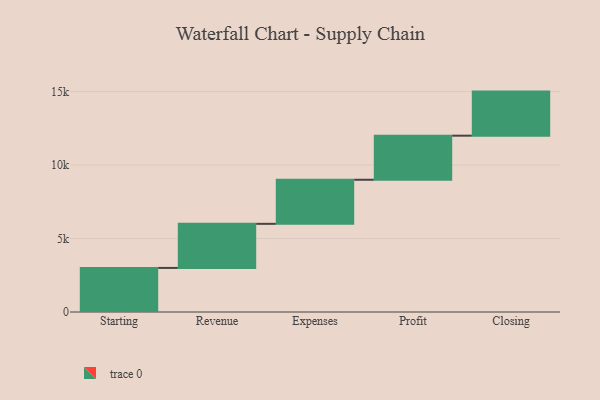
{"axis": {"x": "Step", "y": "Value"}, "legend": [""], "data": [{"x": "Starting", "y": 3000, "type": ""}, {"x": "Revenue", "y": 3000, "type": ""}, {"x": "Expenses", "y": 3000, "type": ""}, {"x": "Profit", "y": 3000, "type": ""}, {"x": "Closing", "y": 3000, "type": ""}]}